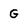
Character: G